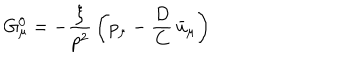
G _ { \mu } ^ { 0 } = - { \frac { \xi } { p ^ { 2 } } } \left( p _ { \mu } - { \frac { D } { C } } \, \bar { u } _ { \mu } \right)